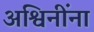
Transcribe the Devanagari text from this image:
अश्विनींना